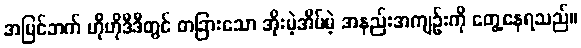
အပြင်ဘက် ဟိုဟိုဒီဒီတွင် တခြားသော အိုးမဲ့အိမ်မဲ့ အနည်းအကျဉ်းကို တွေ့နေရသည်။